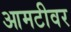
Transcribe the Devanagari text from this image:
आमटीवर